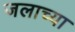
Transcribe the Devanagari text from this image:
जलाच्या